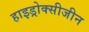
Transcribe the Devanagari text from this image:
हाइड्रोक्सीजीन